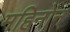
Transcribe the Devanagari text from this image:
महिनोन